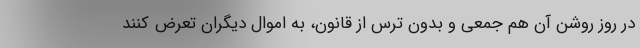
در روز روشن آن هم جمعی و بدون ترس از قانون، به اموال دیگران تعرض کنند